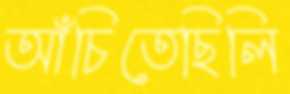
আঁচিতেছিলি